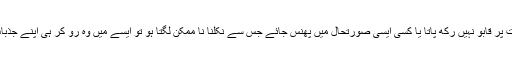
جب انسان اپنے جذبات پر قابو نہیں رکھ پاتا یا کسی ایسی صورتحال میں پھنس جائے جس سے نکلنا نا ممکن لگتا ہو تو ایسے میں وہ رو کر ہی اپنے جذبات کا اظہار کرتا ہے۔